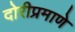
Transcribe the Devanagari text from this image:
दोरीप्रमाणे